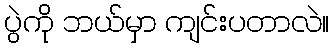
ပွဲကို ဘယ်မှာ ကျင်းပတာလဲ။